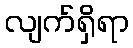
လျက်ရှိရာ